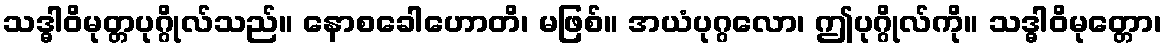
သဒ္ဓါဝိမုတ္တပုဂ္ဂိုလ်သည်။ နောစခေါဟောတိ၊ မဖြစ်။ အယံပုဂ္ဂလော၊ ဤပုဂ္ဂိုလ်ကို။ သဒ္ဓါဝိမုတ္တော၊